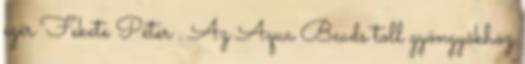
egér Fekete Péter . Az Aqua Beads toll gyöngyökhöz